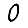
Digit: 0